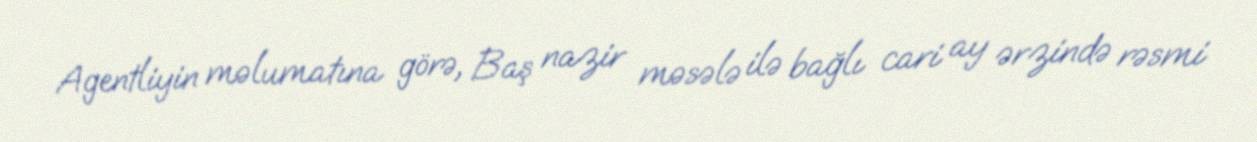
Agentliyin məlumatına görə, Baş nazir məsələ ilə bağlı cari ay ərzində rəsmi